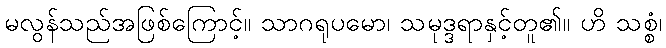
မလွန်သည်အဖြစ်ကြောင့်။ သာဂရုပမော၊ သမုဒ္ဒရာနှင့်တူ၏။ ဟိ သစ္စံ၊